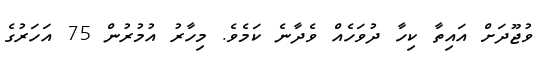
ވުޖޫދަށް އައިތާ ކިހާ ދުވަހެއް ވެދާނެ ކަމެވެ. މިހާރު އުމުރުން 75 އަހަރުގެ